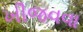
ખીજવવા